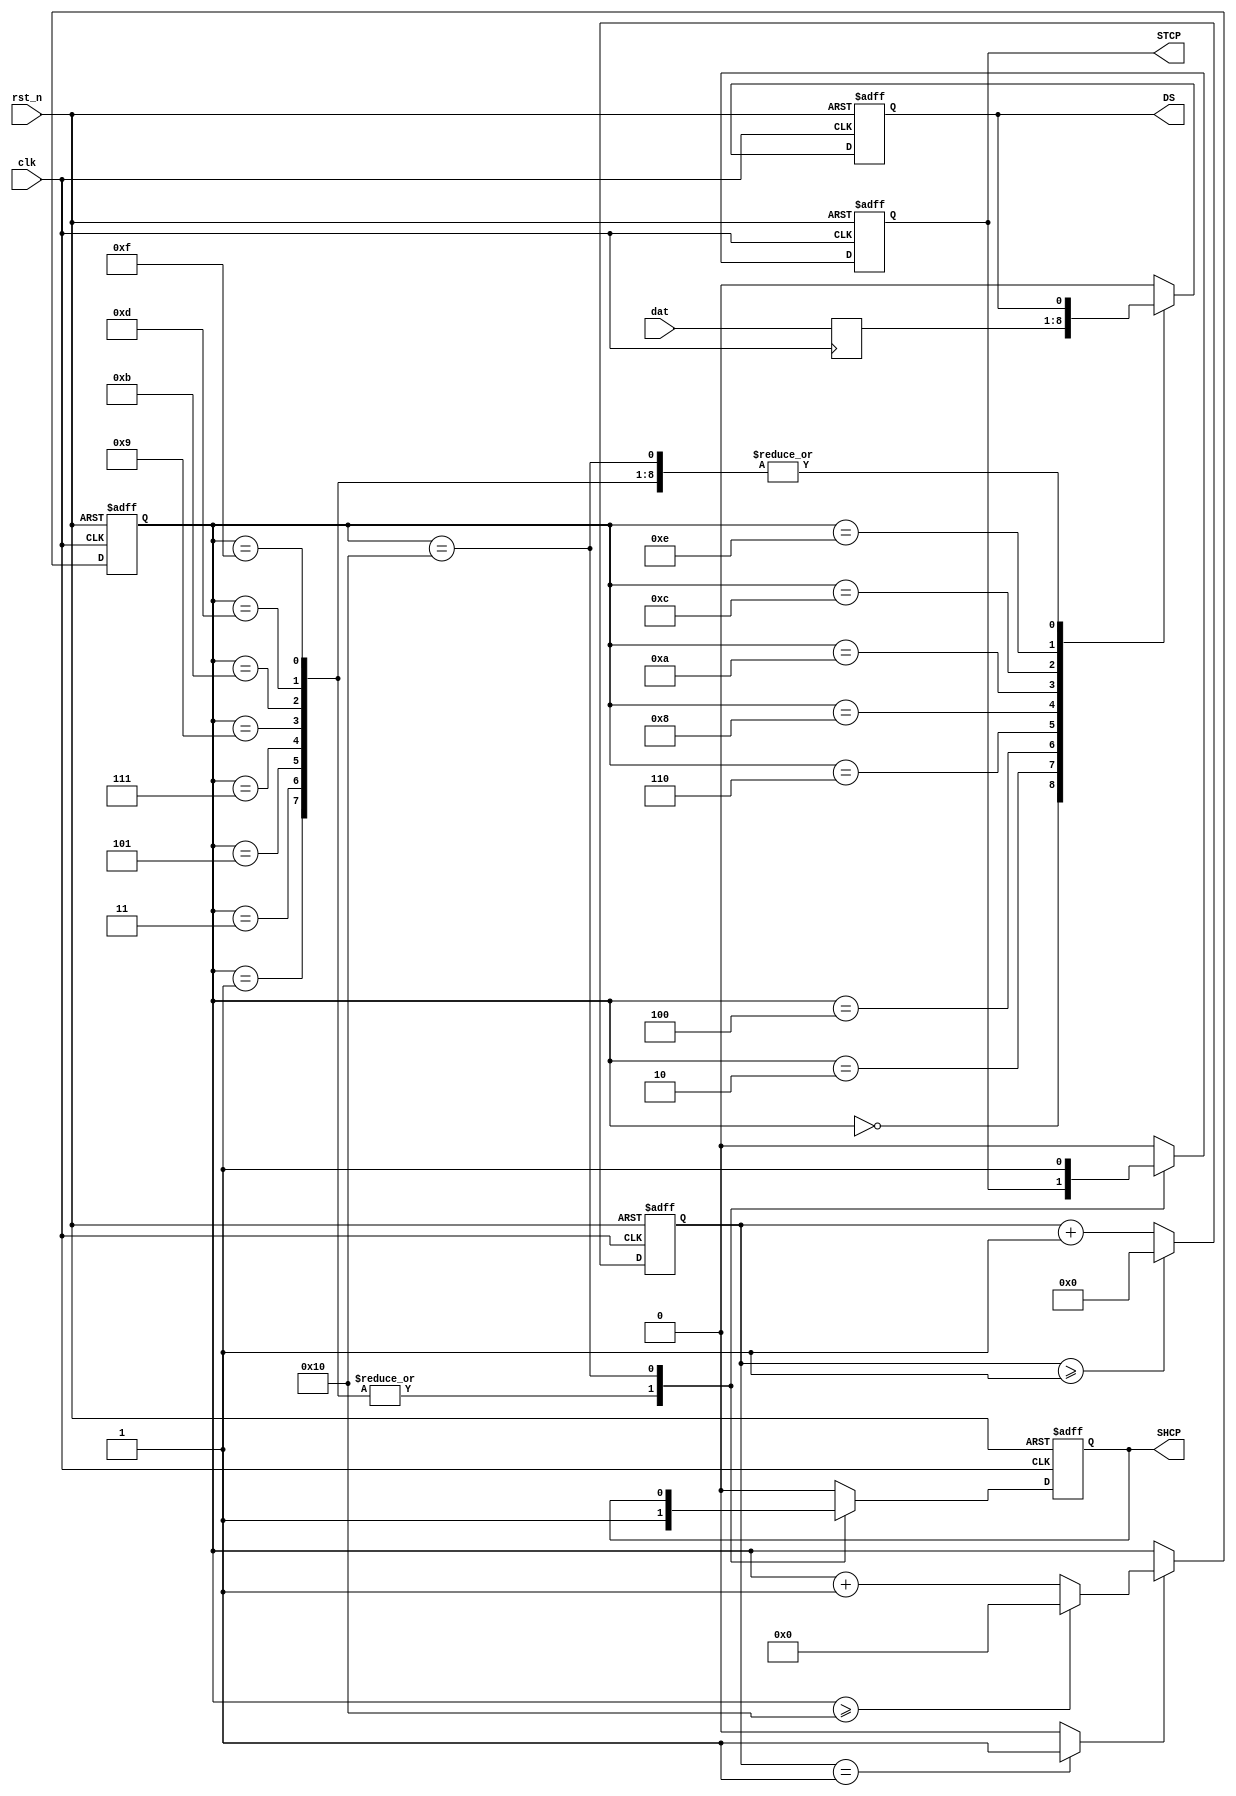
module HC595(
				clk,
				rst_n,
				DS,
				SHCP,
				STCP,
				dat
				);
				
input clk;
input rst_n;
input [7:0]dat;

output reg SHCP;      //
output reg STCP;		//
output reg DS;			//

parameter MAX_CNT = 2;

reg[7:0]dat_temp;
always@(posedge clk)
	dat_temp <= dat;			//

reg[7:0]CLK_CNT;
always@(posedge clk or negedge rst_n)
	if(!rst_n)
		CLK_CNT <= 1'b0;
	else if(CLK_CNT >= MAX_CNT - 1'b1)
		CLK_CNT <= 1'b0;
	else
		CLK_CNT <= CLK_CNT + 1'b1;

wire EDGE_CLK;
assign EDGE_CLK = (CLK_CNT == 1'b1)? 1'b1:1'b0;

reg[4:0] EDGE_CNT;
always@(posedge clk or negedge rst_n)
	if(!rst_n)
		EDGE_CNT <= 1'b0;
	else if(EDGE_CLK)
		if(EDGE_CNT >= 16)
			EDGE_CNT <= 1'b0;
		else
			EDGE_CNT <= EDGE_CNT + 1'b1;
	else
		EDGE_CNT <= EDGE_CNT;
		
always@(posedge clk or negedge rst_n)
	if(!rst_n)begin
		SHCP <= 1'b0;
		STCP <= 1'b0;
		DS <= 1'b0;
	end
	else case(EDGE_CNT)
		0 : begin SHCP <= 0;STCP <= 0;DS <= dat_temp[7];end
		1 : begin SHCP <= 1;end
 		2 : begin SHCP <= 0;STCP <= 0;DS <= dat_temp[6];end
		3 : begin SHCP <= 1;end
		4 : begin SHCP <= 0;STCP <= 0;DS <= dat_temp[5];end
		5 : begin SHCP <= 1;end	
		6 : begin SHCP <= 0;STCP <= 0;DS <= dat_temp[4];end
		7 : begin SHCP <= 1;end
		8 : begin SHCP <= 0;STCP <= 0;DS <= dat_temp[3];end
		9 : begin SHCP <= 1;end
		10 : begin SHCP <= 0;STCP <= 0;DS <= dat_temp[2];end
		11 : begin SHCP <= 1;end
		12 : begin SHCP <= 0;STCP <= 0;DS <= dat_temp[1];end
		13 : begin SHCP <= 1;end
		14 : begin SHCP <= 0;STCP <= 0;DS <= dat_temp[0];end
		15 : begin SHCP <= 1;end
		16 : begin STCP <= 1;end
		default begin SHCP <= 0;STCP <= 0;DS <= 0;end
	endcase
	
endmodule